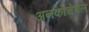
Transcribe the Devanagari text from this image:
अनकोचेबल